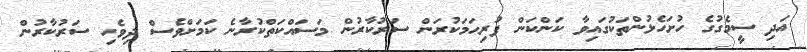
އަދި ސީމެގުގެ ހުށަހެޅުންތަކުގައިވާ ކަންކަން ފުރިހަމަކުރަން ސަރުކާރުން މަސައްކަތްކުރާނެ ކަމަށްވެސް ދިވެހި ސަރުކާރުން